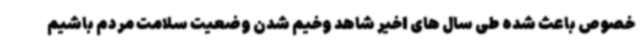
خصوص باعث شده طی سال های اخیر شاهد وخیم شدن وضعیت سلامت مردم باشیم